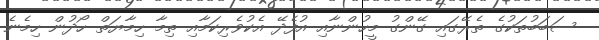
ސަބަބުތަކުގެ ތެރޭގައި ގޭންގު މީހުންނާއި އުފެދޭ އެކުވެރިކަމާއި ތިމާ ހިމާޔަތް ހޯދުން ހިމެނެ